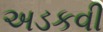
અડકવી